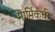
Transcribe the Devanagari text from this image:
मार्मिकची